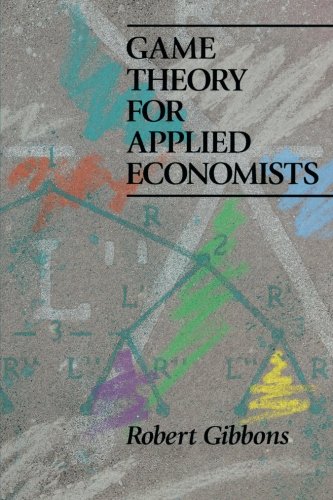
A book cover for Game Theory for Applied Economists; Robert Gibbons; Business & Money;